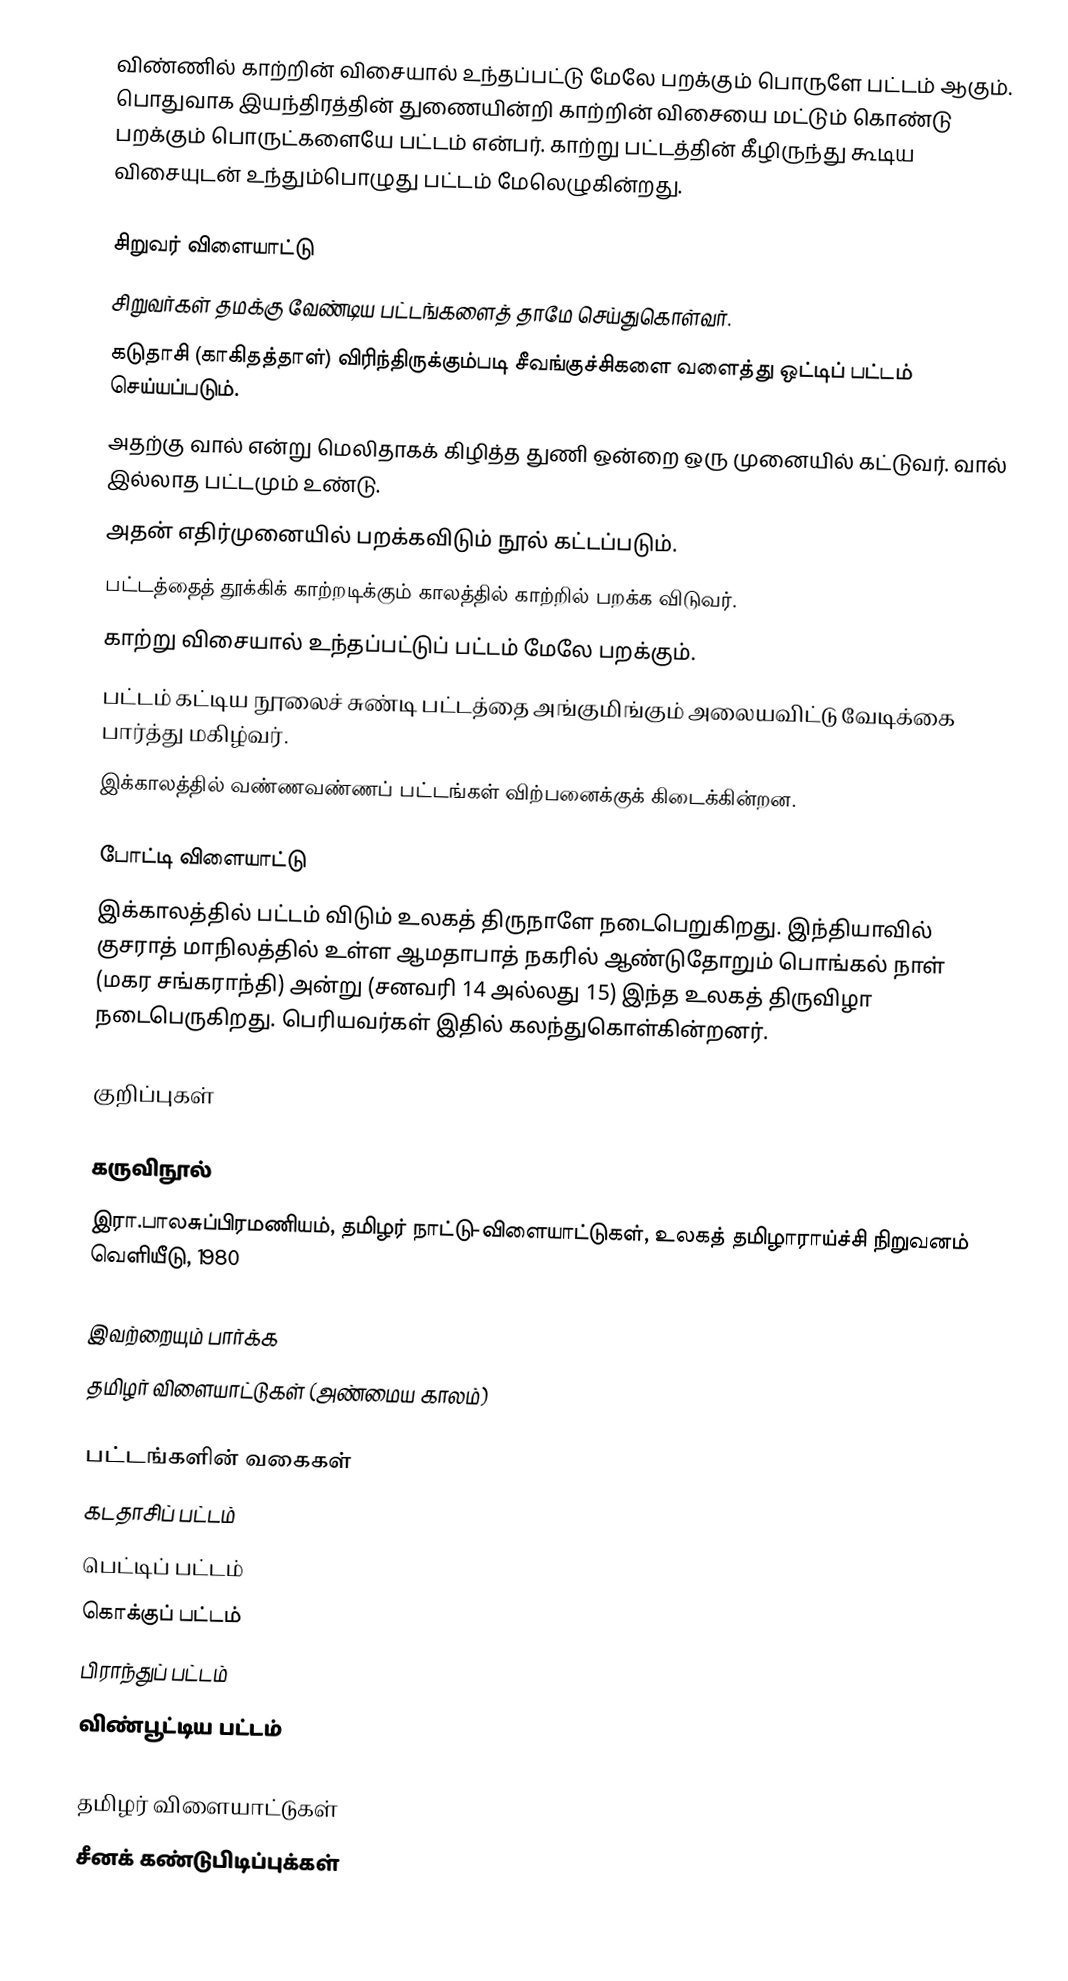
விண்ணில் காற்றின் விசையால் உந்தப்பட்டு மேலே பறக்கும் பொருளே பட்டம் ஆகும். பொதுவாக இயந்திரத்தின் துணையின்றி காற்றின் விசையை மட்டும் கொண்டு பறக்கும் பொருட்களையே பட்டம் என்பர். காற்று பட்டத்தின் கீழிருந்து கூடிய விசையுடன் உந்தும்பொழுது பட்டம் மேலெழுகின்றது.

சிறுவர் விளையாட்டு
சிறுவர்கள் தமக்கு வேண்டிய பட்டங்களைத் தாமே செய்துகொள்வர்.
கடுதாசி (காகிதத்தாள்) விரிந்திருக்கும்படி சீவங்குச்சிகளை வளைத்து ஒட்டிப் பட்டம் செய்யப்படும்.
அதற்கு வால் என்று மெலிதாகக் கிழித்த துணி ஒன்றை ஒரு முனையில் கட்டுவர். வால் இல்லாத பட்டமும் உண்டு.
அதன் எதிர்முனையில் பறக்கவிடும் நூல் கட்டப்படும்.
பட்டத்தைத் தூக்கிக் காற்றடிக்கும் காலத்தில் காற்றில் பறக்க விடுவர்.
காற்று விசையால் உந்தப்பட்டுப் பட்டம் மேலே பறக்கும்.
பட்டம் கட்டிய நூலைச் சுண்டி பட்டத்தை அங்குமிங்கும் அலையவிட்டு வேடிக்கை பார்த்து மகிழ்வர்.
இக்காலத்தில் வண்ணவண்ணப் பட்டங்கள் விற்பனைக்குக் கிடைக்கின்றன.

போட்டி விளையாட்டு
இக்காலத்தில் பட்டம் விடும் உலகத் திருநாளே நடைபெறுகிறது. இந்தியாவில் குசராத் மாநிலத்தில் உள்ள ஆமதாபாத் நகரில் ஆண்டுதோறும் பொங்கல் நாள் (மகர சங்கராந்தி) அன்று (சனவரி 14 அல்லது 15) இந்த உலகத் திருவிழா நடைபெருகிறது. பெரியவர்கள் இதில் கலந்துகொள்கின்றனர்.

குறிப்புகள்

கருவிநூல்
இரா.பாலசுப்பிரமணியம், தமிழர் நாட்டு-விளையாட்டுகள், உலகத் தமிழாராய்ச்சி நிறுவனம் வெளியீடு, 1980

இவற்றையும் பார்க்க
தமிழர் விளையாட்டுகள் (அண்மைய காலம்)

பட்டங்களின் வகைகள்
 கடதாசிப் பட்டம்
 பெட்டிப் பட்டம்
 கொக்குப் பட்டம்
 பிராந்துப் பட்டம்
 விண்பூட்டிய பட்டம்

தமிழர் விளையாட்டுகள்
சீனக் கண்டுபிடிப்புக்கள்